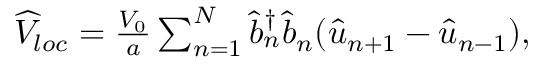
\begin{array} { r } { \widehat { V } _ { l o c } = \frac { V _ { 0 } } { a } \sum _ { n = 1 } ^ { N } \widehat { b } _ { n } ^ { \dagger } \widehat { b } _ { n } ( \widehat { u } _ { n + 1 } - \widehat { u } _ { n - 1 } ) , } \end{array}